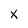
Character: X